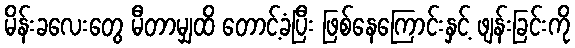
မိန်းခလေးတွေ မီတာမျှထိ တောင့်ခံပြီး ဖြစ်နေကြောင်းနှင့် ဖျန်းခြင်းကို